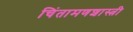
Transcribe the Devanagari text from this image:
चिंतामणशास्त्री